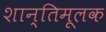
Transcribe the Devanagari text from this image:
शान्तिमूलक